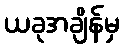
ယခုအချိန်မှ